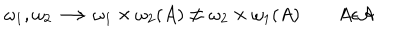
LaTeX: \omega _ { 1 } , \omega _ { 2 } \longrightarrow \omega _ { 1 } \times \omega _ { 2 } ( A ) \not = \omega _ { 2 } \times \omega _ { 1 } ( A ) \qquad A \epsilon { \cal A }